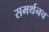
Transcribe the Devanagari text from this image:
समर्थनच